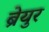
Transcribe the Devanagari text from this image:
ब्रेयुर